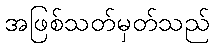
အဖြစ်သတ်မှတ်သည်